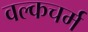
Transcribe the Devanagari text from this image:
वल्कचर्म